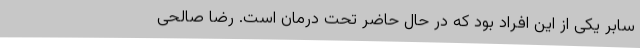
سابر یکی از این افراد بود که در حال حاضر تحت درمان است. رضا صالحی